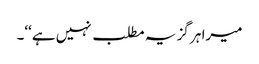
میرا ہر گز یہ مطلب نہیں ہے‘‘۔